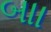
બાા